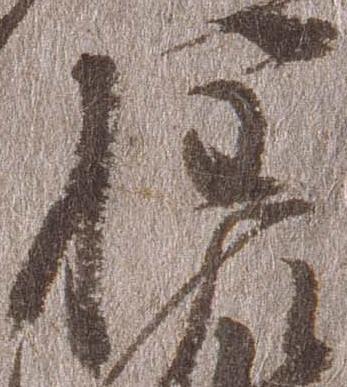
権